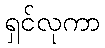
ရှင်လုကာ